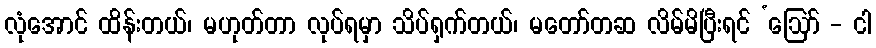
လုံအောင် ထိန်းတယ်၊ မဟုတ်တာ လုပ်ရမှာ သိပ်ရှက်တယ်၊ မတော်တဆ လိမ်မိပြီးရင် ‘ဩော် - ငါ